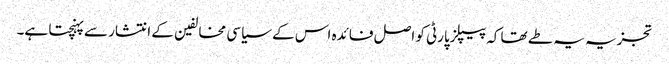
تجزیہ یہ طے تھا کہ پیپلزپارٹی کو اصل فائدہ اس کے سیاسی مخالفین کے انتشار سے پہنچتا ہے۔